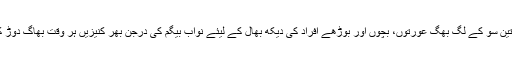
قریباً تین سو کے لگ بھگ عورتوں، بچوں اور بوڑھے افراد کی دیکھ بھال کے لیئے نواب بیگم کی درجن بھر کنیزیں ہر وقت بھاگ دوڑ کرتیں۔